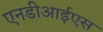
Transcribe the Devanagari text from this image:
एनडीआईएस